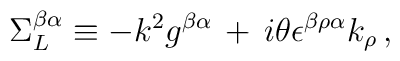
\Sigma^{\beta \alpha}_L \equiv - k^{2} g^{\beta \alpha}\,+\,i \theta \epsilon^{\beta \rho \alpha} k_{\rho}\,,